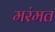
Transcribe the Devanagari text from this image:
मरंमत